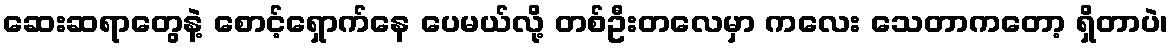
ဆေးဆရာတွေနဲ့ စောင့်ရှောက်နေ ပေမယ်လို့ တစ်ဦးတလေမှာ ကလေး သေတာကတော့ ရှိတာပဲ၊